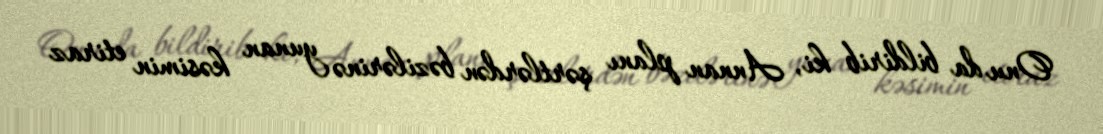
Onu da bildirib ki, Annan planı şərtlərdən bəzilərinə yunan kəsimin etiraz